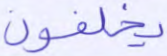
يخلفون